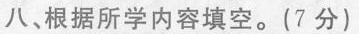
八、根据所学内容填空。(7分)